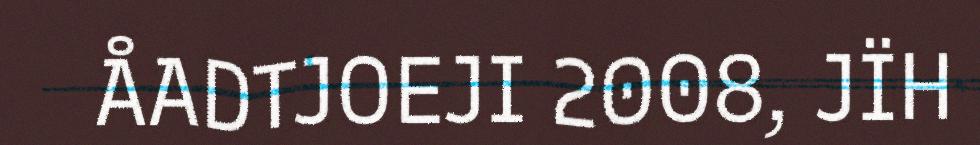
ÅADTJOEJI 2008, JÏH